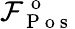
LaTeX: \mathcal{F}_{\mathrm{~P~o~s~}}^{\mathrm{~o~}}